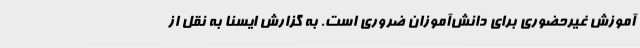
آموزش غیرحضوری برای دانش‌آموزان ضروری است. به گزارش ایسنا به نقل از